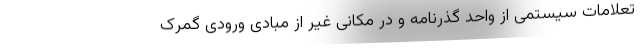
تعلامات سیستمی از واحد گذرنامه و در مکانی غیر از مبادی ورودی گمرک